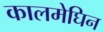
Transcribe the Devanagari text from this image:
कालमेघिन